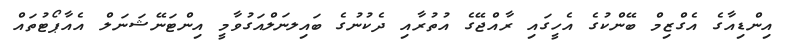
އިންޑިއާގެ އެގްޒިމް ބޭންކުގެ އެހީގައި ރާއްޖޭގެ އުތުރާއި ދެކުނުގެ ބައިލނަލްއަގުވާމީ އިންޓަނޭޝަނަލް އެއާޕޯޓުތައް